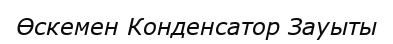
Өскемен Конденсатор Зауыты